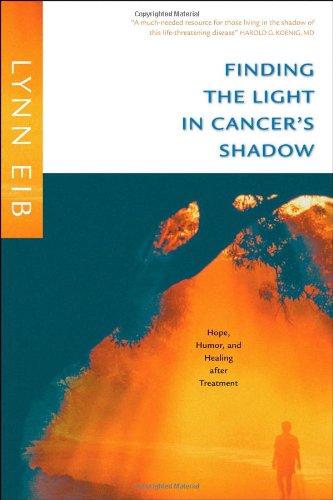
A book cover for Finding the Light in Cancer's Shadow: Hope, Humor, and Healing after Treatment; Lynn Eib; Humor & Entertainment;